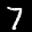
Label: 7